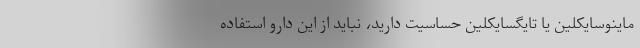
ماینوسایکلین یا تایگسایکلین حساسیت دارید، نباید از این دارو استفاده